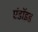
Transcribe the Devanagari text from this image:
एंडॉइड